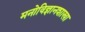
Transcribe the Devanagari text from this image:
मनोविज्ञानशाखा